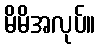
မိမိအလုပ်။